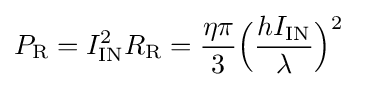
P_{\text{R}}=I_{\text{IN}}^{2}R_{\text{R}}={\eta \pi  \over 3}{\Big (}{hI_{\text{IN}} \over \lambda }{\Big )}^{2}\quad